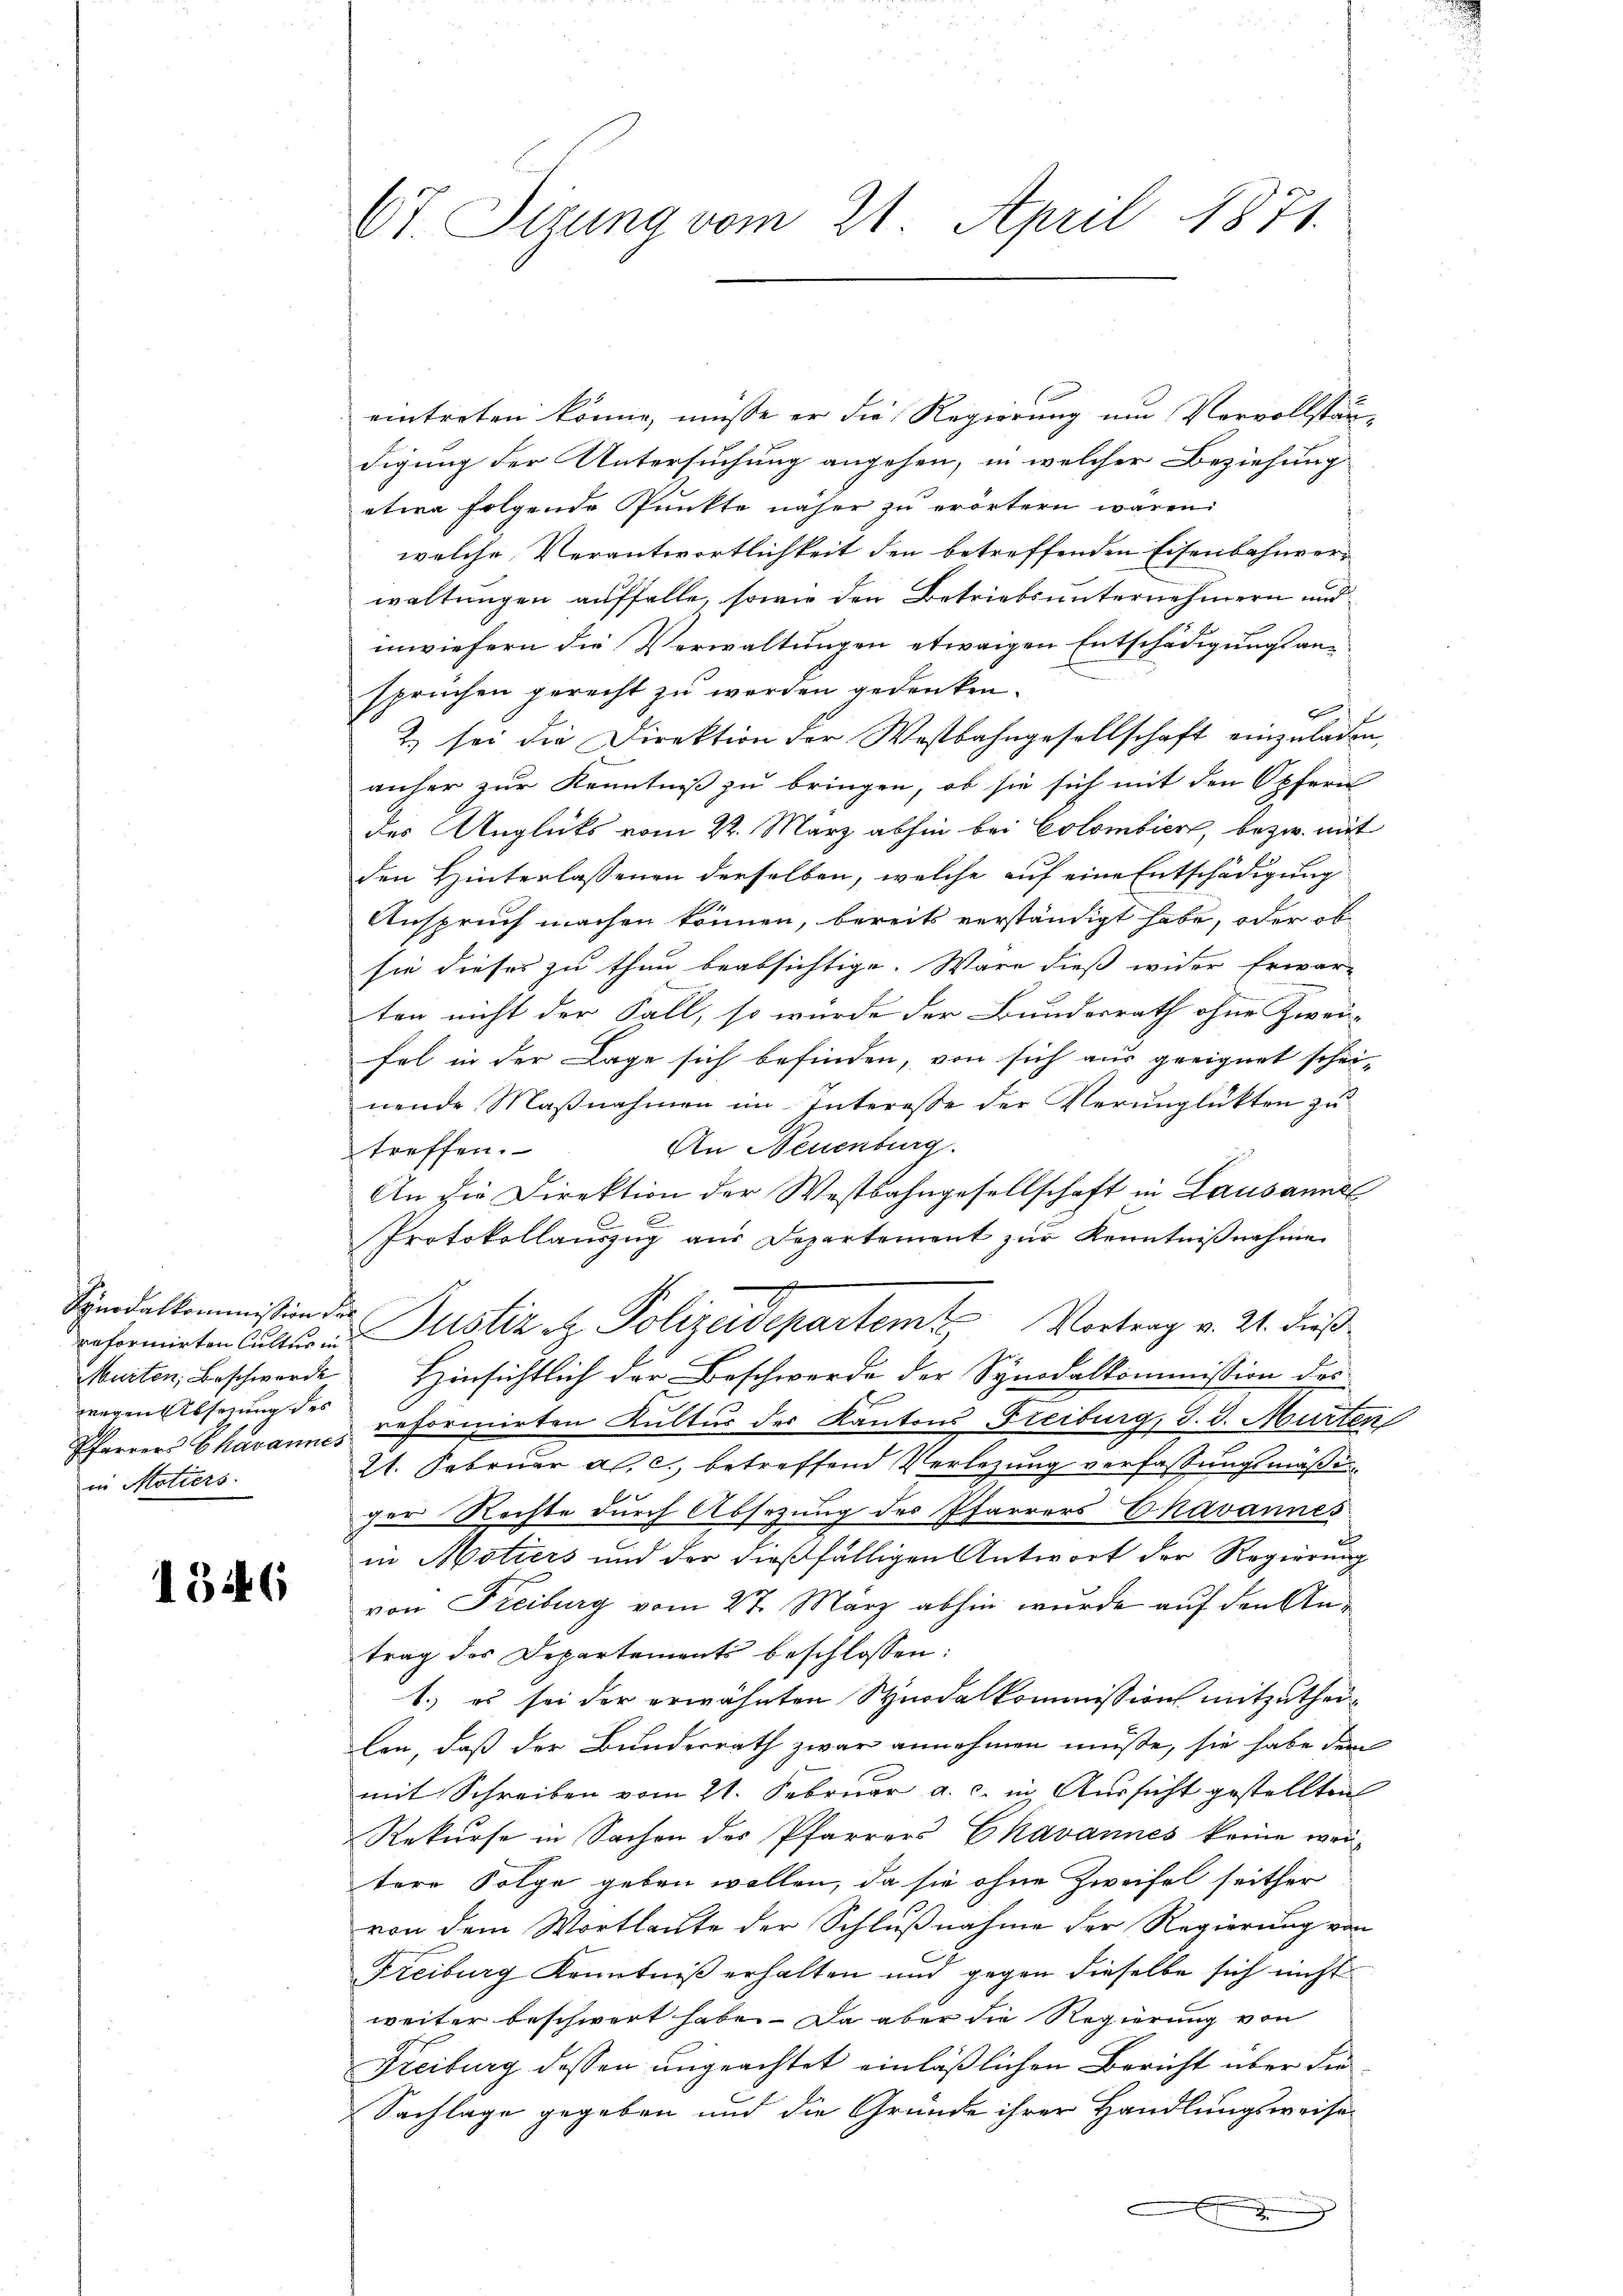
Synodalkommission der
wegen Absezung des
in Motiers.

1346

Ot. Stzung vom 21. April 1871.

eintreten könne, müsse er die Regierung um Vervollstän-
digung der Untersuchung angehen, in welcher Beziehung
etwa folgende Punkte näher zu erörtern wären.
welche Verantwortlichkeit den betreffenden Eisenbahnverwaltungen auffalle, sowie den Betriebsunternehmern und
inwiefern die Verwaltungen etwaigen Entschädigungsanspruchen gerecht zu werden gedenken.
6
2) sei die Direktion der Westbahngesellschaft einzuladen,
anher zur Kenntniß zu bringen, ob sie sich mit den Opfern
des Unglüks vom 22. März abhin bei Colombier, bezw. mit
den Hinterlassenen derselben, welche auf eine Entschädigung
Anspruch machen können, bereits verständigt habe, oder ob
sie dieses zu thun beabsichtige. Wäre dieß wider Erwar-
ten nicht der Fall, so würde der Bundesrath ohne Zwei-
fel in der Lage sich befinden, von sich aus geeignet schei-
nende Maßnahmen im Interesse der Verunglükten zu
An Neuenburg.
treffen.
An die Direktion der Westbahngesellschaft in Lausanne
Protokollauszug aus Departement zur Kenntnißnahme
x
reformirten Cultur in Justiz & Polizeidepartem Vortrag v. 21. dieß
Murten, Beschwerde Hinsichtlich der Beschwerde der Synodalkommission des
Pfarrers Chavannes reformirten Kultur der Kantons Freiburg, d. d. Murten
21. Februar a. c., betreffend Verlegung verfaßungsmäßi
ger Rechte durch Absezung des Pfarrers Ekavannes
in Motiers und der dießfälligen Antwort der Regierung
von Freiburg vom 27. März abhin wurde auf den Antrag des Departements beschlossen:
1.) es sei der erwähnten Synodalkommission mitzutheilen, daß der Bundesrath zwar annehmen müße, sie habe der
mit Schreiben vom 21. Februar a. c. in Aussicht gestellten
Rekurse in Sachen des Pfarrers Ekavannes keine wei-
tere Folge geben wollen, da sie ohne Zweifel seither
von dem Wortlaute der Schlußnahme der Regierung von
Freiburg Kenntniß erhalten und gegen dieselbe sich nicht
weiter beschwert habe. Da aber die Regierung von
Freiburg dessen ungeachtet einläßlichen Bericht über die
Sachlage gegeben und die Gründe ihrer Handlungsweise
n
s

n